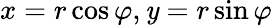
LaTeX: x=r\cos\varphi,\mathit{y}=r\sin\varphi